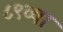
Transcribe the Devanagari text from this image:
८९व्या